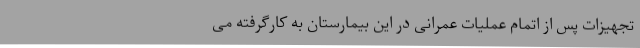
تجهیزات پس از اتمام عملیات عمرانی در این بیمارستان به کارگرفته می